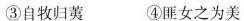
③自牧归荑④匪女之为美